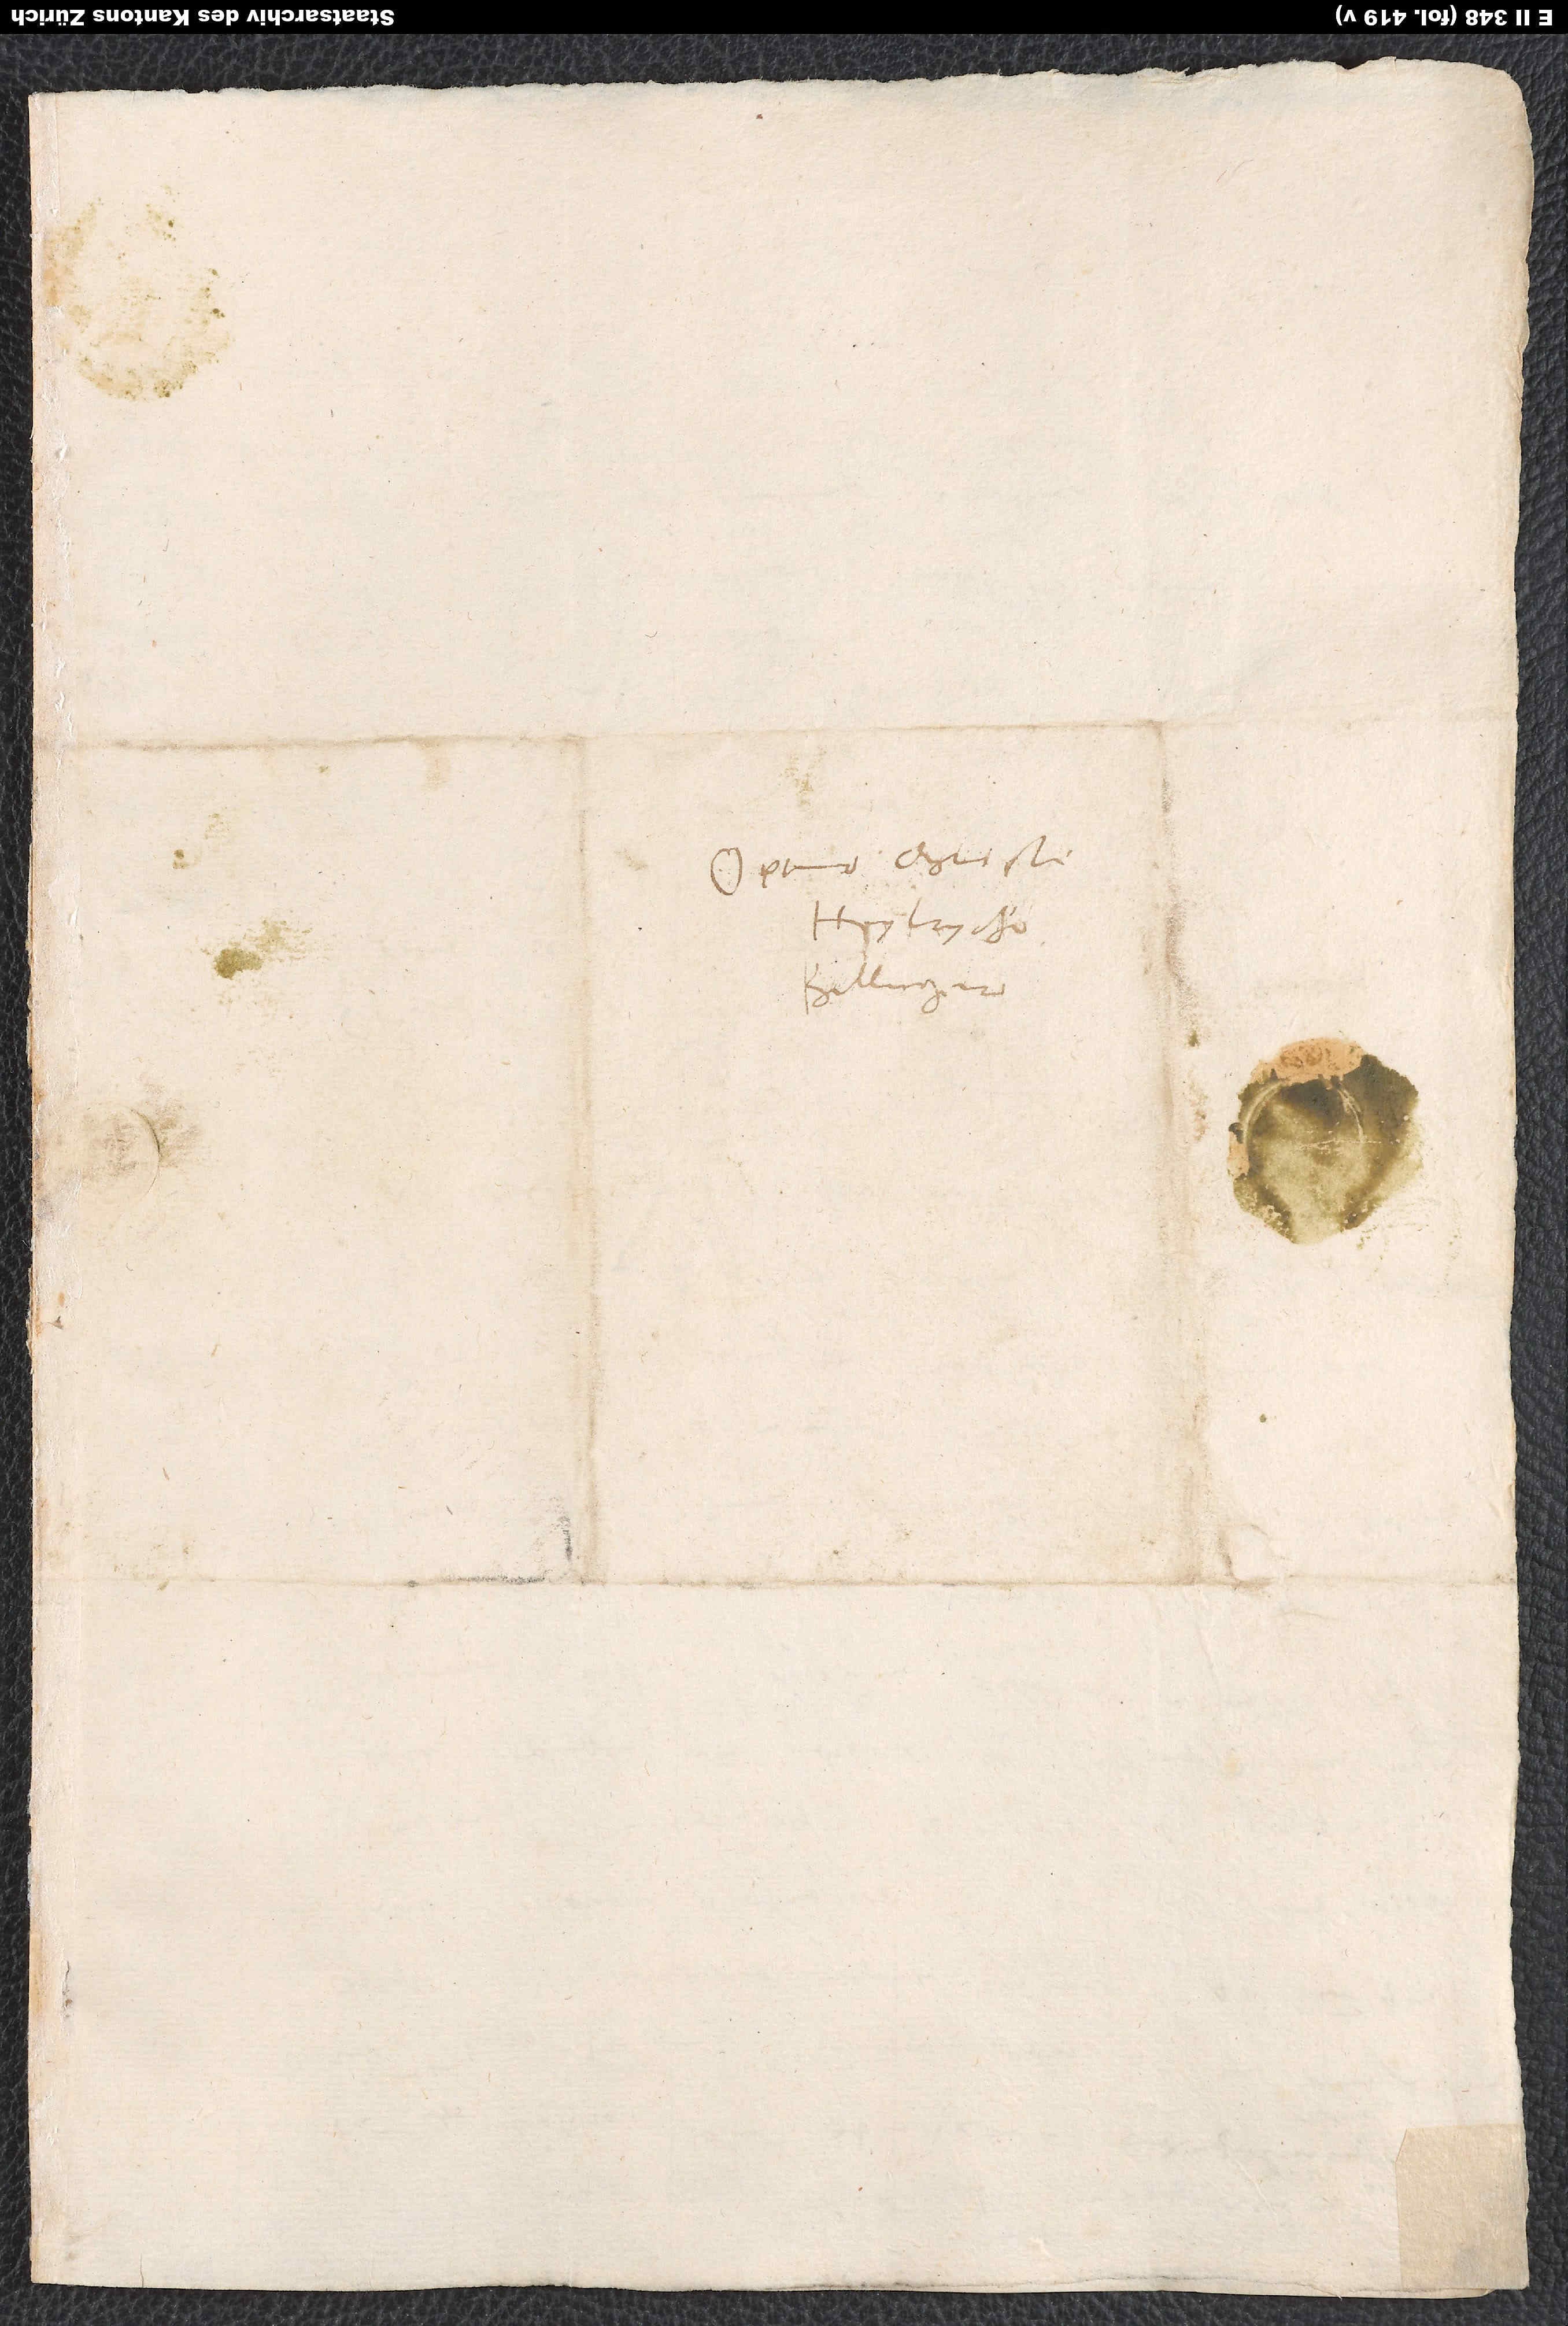
Optimo Christi
Heylrycho